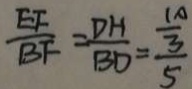
\frac { E F } { B F } = \frac { D H } { B D } = \frac { \frac { 1 } { 3 } } { 5 }